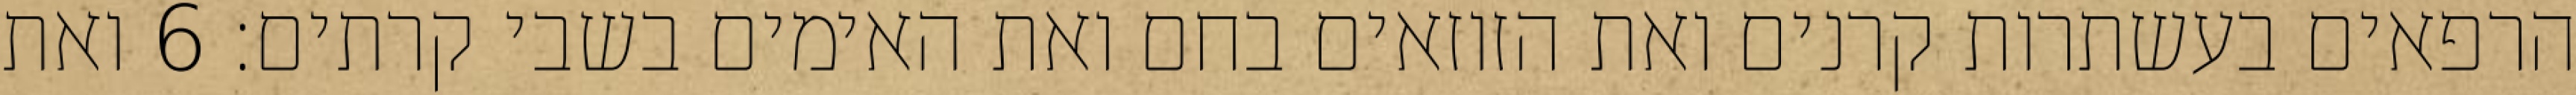
הרפאים בעשתרות קרנים ואת הזוזאים בחם ואת האימים בשבי קרתים׃ ‎6‏ ואת